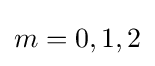
m=0,1,2